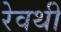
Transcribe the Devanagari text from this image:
रेवथी